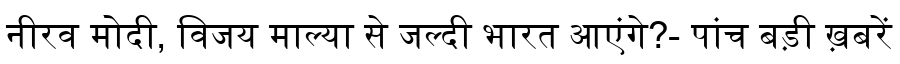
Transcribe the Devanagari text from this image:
नीरव मोदी, विजय माल्या से जल्दी भारत आएंगे?- पांच बड़ी ख़बरें